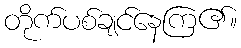
တိုက်ပစ်ချင်နေကြ၏။